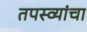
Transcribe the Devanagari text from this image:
तपस्व्यांचा